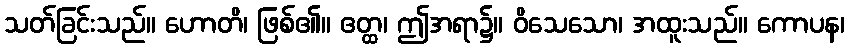
သတ်ခြင်းသည်။ ဟောတိ၊ ဖြစ်၏။ ဧတ္ထ၊ ဤအရာ၌။ ဝိသေသော၊ အထူးသည်။ ကောပန၊